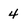
Character: 4